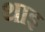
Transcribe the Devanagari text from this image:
थाइ